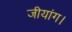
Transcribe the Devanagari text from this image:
जीयांग।